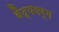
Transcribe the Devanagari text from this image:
वैद्यवर्ग